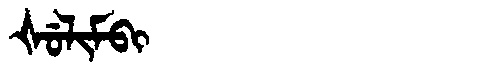
Manchu: ᡧᡠᠯᡳᠮᠪᡳ
Romanization: ŠULIMBI